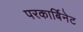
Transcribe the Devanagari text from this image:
परकार्बिनेट